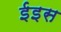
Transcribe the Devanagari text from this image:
ईइस